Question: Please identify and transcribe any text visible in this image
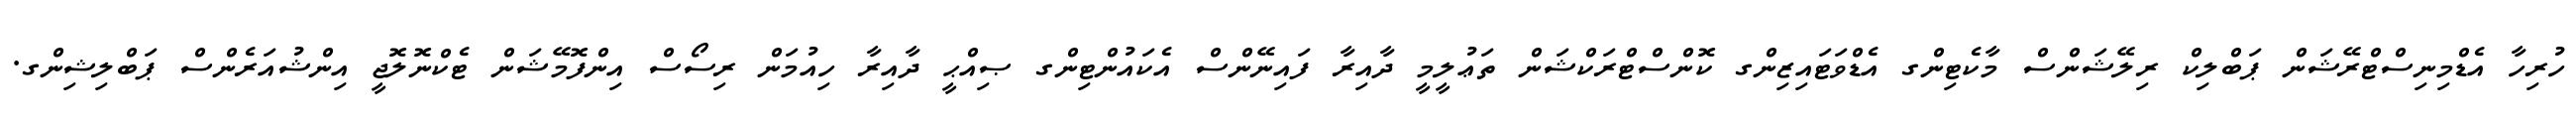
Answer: ހުރިހާ އެޑްމިނިސްޓްރޭޝަން ޕަބްލިކް ރިލޭޝަންސް މާކެޓިންގ އެޑްވަޓައިޒިންގ ކޮންސްޓްރަކްޝަން ތަޢުލީމީ ދާއިރާ ފައިނޭންސް އެކައުންޓިންގ ޞިއްޙީ ދާއިރާ ހިއުމަން ރިސޯސް އިންފޮމޭޝަން ޓެކްނޮލޮޖީ އިންޝުއަރެންސް ޕަބްލިޝިންގ.